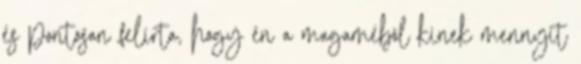
és pontosan felírta, hogy én a magaméból kinek mennyit